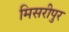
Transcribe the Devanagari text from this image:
मिसरीपुर